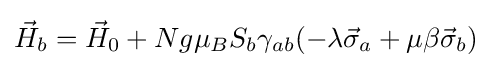
{\vec {H}}_{b}={\vec {H}}_{0}+Ng\mu _{B}S_{b}\gamma _{ab}(-\lambda {\vec {\sigma }}_{a}+\mu \beta {\vec {\sigma }}_{b})